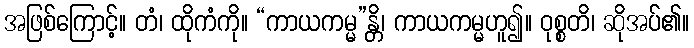
အဖြစ်ကြောင့်။ တံ၊ ထိုကံကို။ “ကာယကမ္မ”န္တိ၊ ကာယကမ္မဟူ၍။ ဝုစ္စတိ၊ ဆိုအပ်၏။